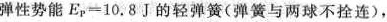
弹性势能$$E_{p}=10.8J$$的轻弹簧(弹簧与两球不拴连)，